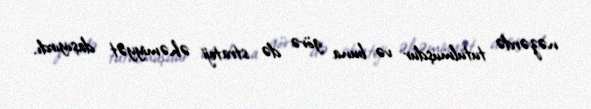
nəzərdə tutulmuşdur və buna görə də strateji əhəmiyyət daşıyırdı.